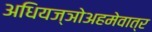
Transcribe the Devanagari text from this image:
अधियज्ञोअहमेवात्र